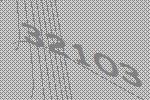
32103